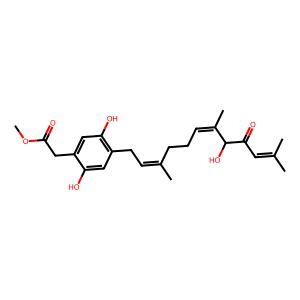
SMILES: COC(=O)Cc1cc(O)c(CC=C(C)CCC=C(C)C(O)C(=O)C=C(C)C)cc1O
Inhibits HIV replication: Yes